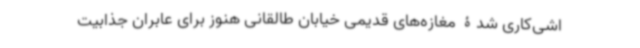
اشی‌کاری شدۀ مغازه‌های قدیمی خیابان طالقانی هنوز برای عابران جذابیت